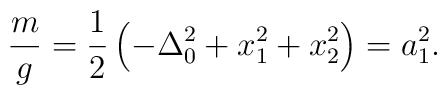
\frac{m}{g}=\frac{1}{2}\left(-\Delta_0^2+x_1^2+x_2^2 \right)=a_1^2.